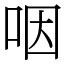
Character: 咽